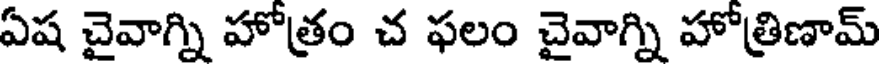
ఏష చైవాగ్ని హోత్రం చ ఫలం చైవాగ్ని హోత్రిణామ్